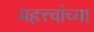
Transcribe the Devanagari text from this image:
महत्त्वांच्या